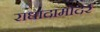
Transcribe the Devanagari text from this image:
राधादामोदर